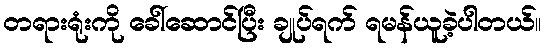
တရားရုံးကို ခေါ်ဆောင်ပြီး ချုပ်ရက် ရမန်ယူခဲ့ပါတယ်။